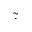
\tilde { \cdot }